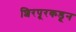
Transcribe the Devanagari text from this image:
शिरपूरकडून